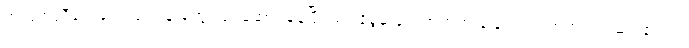
အကူအညီပေးရေးလုပ်ငန်းတွေ လုပ်ဆောင်နေပြီး မသန်စွမ်းတွေအတွက် ခြေတု၊ လက်တု တပ်ဆင်ပေးတဲ့